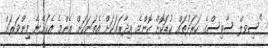
"ސިވލް ސާވިސްގެ ހަރަދުތައް ކުޑަކޮށް ކޮންމެ އިދާރައަކަށް އެތަނަކަށް އެންމެ އެކަށޭނެ މިންވަރަށް